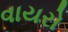
વાયરો